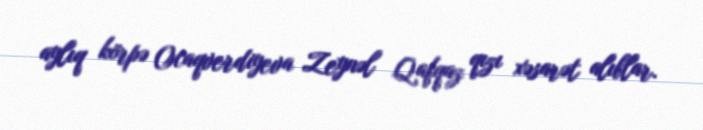
aylıq körpə Ocaqverdiyeva Zeynəl Qafqaz qızı xəsarət alıblar.